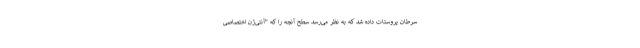
سرطان پروستات داده شد که به نظر می‌رسد سطح آنچه را که "آنتی‌ژن اختصاصی